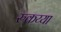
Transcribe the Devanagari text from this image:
रुकय्या